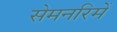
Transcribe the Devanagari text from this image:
सेमनरिमें